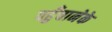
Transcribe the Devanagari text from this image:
पहुँचानेके